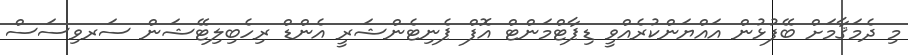
މި ދެމަޤާމަށް ބޭފުޅުން އައްޔަންކުރެއްވީ ޑިޕާޓްމަންޓް އޮފް ޕެނިޓެންޝަރީ އެންޑް ރިހެބިލިޓޭޝަން ސަރވިސަސް